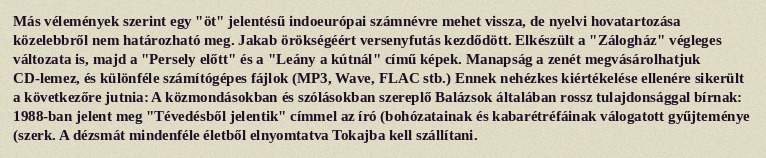
Más vélemények szerint egy "öt" jelentésű indoeurópai számnévre mehet vissza, de nyelvi hovatartozása közelebbről nem határozható meg. Jakab örökségéért versenyfutás kezdődött. Elkészült a "Zálogház" végleges változata is, majd a "Persely előtt" és a "Leány a kútnál" című képek. Manapság a zenét megvásárolhatjuk CD-lemez, és különféle számítógépes fájlok (MP3, Wave, FLAC stb.) Ennek nehézkes kiértékelése ellenére sikerült a következőre jutnia: A közmondásokban és szólásokban szereplő Balázsok általában rossz tulajdonsággal bírnak: 1988-ban jelent meg "Tévedésből jelentik" címmel az író (bohózatainak és kabarétréfáinak válogatott gyűjteménye (szerk. A dézsmát mindenféle életből elnyomtatva Tokajba kell szállítani.